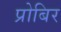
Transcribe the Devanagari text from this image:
प्रोबिर